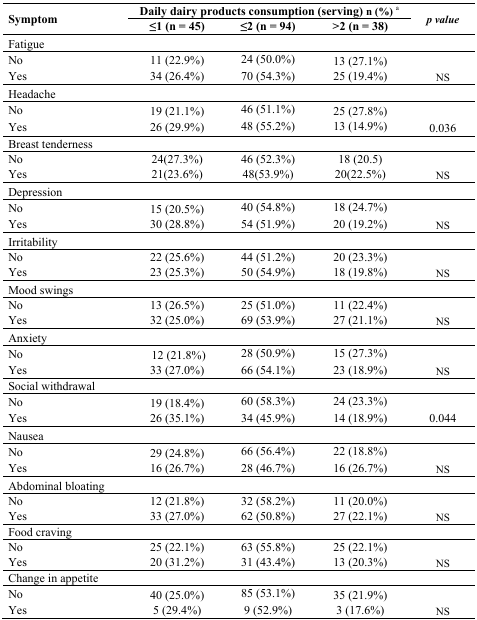
<table><thead><tr><td rowspan="2"><b>Symptom</b></td><td colspan="3"><b>Daily dairy products consumption (serving) n (%) <sup>a</sup></b></td><td rowspan="2"><b><i>p value</i></b></td></tr><tr><td><b>≤1 (n = 45)</b></td><td><b>≤2 (n = 94)</b></td><td><b>&gt;2 (n = 38)</b></td></tr></thead><tbody><tr><td>Fatigue</td><td></td><td></td><td></td><td></td></tr><tr><td>No</td><td>11 (22.9%)</td><td>24 (50.0%)</td><td>13 (27.1%)</td><td></td></tr><tr><td>Yes</td><td>34 (26.4%)</td><td>70 (54.3%)</td><td>25 (19.4%)</td><td>NS</td></tr><tr><td>Headache</td><td></td><td></td><td></td><td></td></tr><tr><td>No</td><td>19 (21.1%)</td><td>46 (51.1%)</td><td>25 (27.8%)</td><td></td></tr><tr><td>Yes</td><td>26 (29.9%)</td><td>48 (55.2%)</td><td>13 (14.9%)</td><td>0.036</td></tr><tr><td>Breast tenderness</td><td></td><td></td><td></td><td></td></tr><tr><td>No</td><td>24(27.3%)</td><td>46 (52.3%)</td><td>18 (20.5)</td><td></td></tr><tr><td>Yes</td><td>21(23.6%)</td><td>48(53.9%)</td><td>20(22.5%)</td><td>NS</td></tr><tr><td>Depression</td><td></td><td></td><td></td><td></td></tr><tr><td>No</td><td>15 (20.5%)</td><td>40 (54.8%)</td><td>18 (24.7%)</td><td></td></tr><tr><td>Yes</td><td>30 (28.8%)</td><td>54 (51.9%)</td><td>20 (19.2%)</td><td>NS</td></tr><tr><td>Irritability</td><td></td><td></td><td></td><td></td></tr><tr><td>No</td><td>22 (25.6%)</td><td>44 (51.2%)</td><td>20 (23.3%)</td><td></td></tr><tr><td>Yes</td><td>23 (25.3%)</td><td>50 (54.9%)</td><td>18 (19.8%)</td><td>NS</td></tr><tr><td>Mood swings</td><td></td><td></td><td></td><td></td></tr><tr><td>No</td><td>13 (26.5%)</td><td>25 (51.0%)</td><td>11 (22.4%)</td><td></td></tr><tr><td>Yes</td><td>32 (25.0%)</td><td>69 (53.9%)</td><td>27 (21.1%)</td><td>NS</td></tr><tr><td>Anxiety</td><td></td><td></td><td></td><td></td></tr><tr><td>No</td><td>12 (21.8%)</td><td>28 (50.9%)</td><td>15 (27.3%)</td><td></td></tr><tr><td>Yes</td><td>33 (27.0%)</td><td>66 (54.1%)</td><td>23 (18.9%)</td><td>NS</td></tr><tr><td>Social withdrawal</td><td></td><td></td><td></td><td></td></tr><tr><td>No</td><td>19 (18.4%)</td><td>60 (58.3%)</td><td>24 (23.3%)</td><td></td></tr><tr><td>Yes</td><td>26 (35.1%)</td><td>34 (45.9%)</td><td>14 (18.9%)</td><td>0.044</td></tr><tr><td>Nausea</td><td></td><td></td><td></td><td></td></tr><tr><td>No</td><td>29 (24.8%)</td><td>66 (56.4%)</td><td>22 (18.8%)</td><td></td></tr><tr><td>Yes</td><td>16 (26.7%)</td><td>28 (46.7%)</td><td>16 (26.7%)</td><td>NS</td></tr><tr><td>Abdominal bloating</td><td></td><td></td><td></td><td></td></tr><tr><td>No</td><td>12 (21.8%)</td><td>32 (58.2%)</td><td>11 (20.0%)</td><td></td></tr><tr><td>Yes</td><td>33 (27.0%)</td><td>62 (50.8%)</td><td>27 (22.1%)</td><td>NS</td></tr><tr><td>Food craving</td><td></td><td></td><td></td><td></td></tr><tr><td>No</td><td>25 (22.1%)</td><td>63 (55.8%)</td><td>25 (22.1%)</td><td></td></tr><tr><td>Yes</td><td>20 (31.2%)</td><td>31 (43.4%)</td><td>13 (20.3%)</td><td>NS</td></tr><tr><td>Change in appetite</td><td></td><td></td><td></td><td></td></tr><tr><td>No</td><td>40 (25.0%)</td><td>85 (53.1%)</td><td>35 (21.9%)</td><td></td></tr><tr><td>Yes</td><td>5 (29.4%)</td><td>9 (52.9%)</td><td>3 (17.6%)</td><td>NS</td></tr></tbody></table>